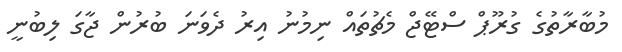
މުބާރާތުގެ ގުރޫޕް ސްޓޭޖް މެޗުތައް ނިމުނު އިރު ދެވަނަ ބުރުން ޖާގަ ލިބުނީ